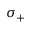
\sigma _ { + }